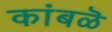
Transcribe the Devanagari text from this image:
कांबळॆ